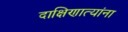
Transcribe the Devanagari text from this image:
दाक्षिणात्यांना